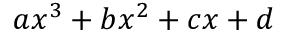
\; a x ^ { 3 } + b x ^ { 2 } + c x + d